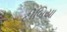
ટીબિયા